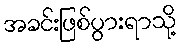
အခင်းဖြစ်ပွားရာသို့